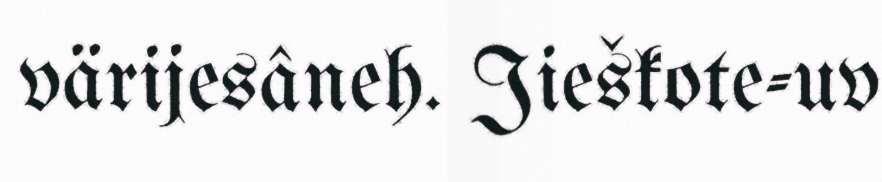
värijesâneh. Jieškote-uv